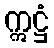
ဣဋ္ဌံ